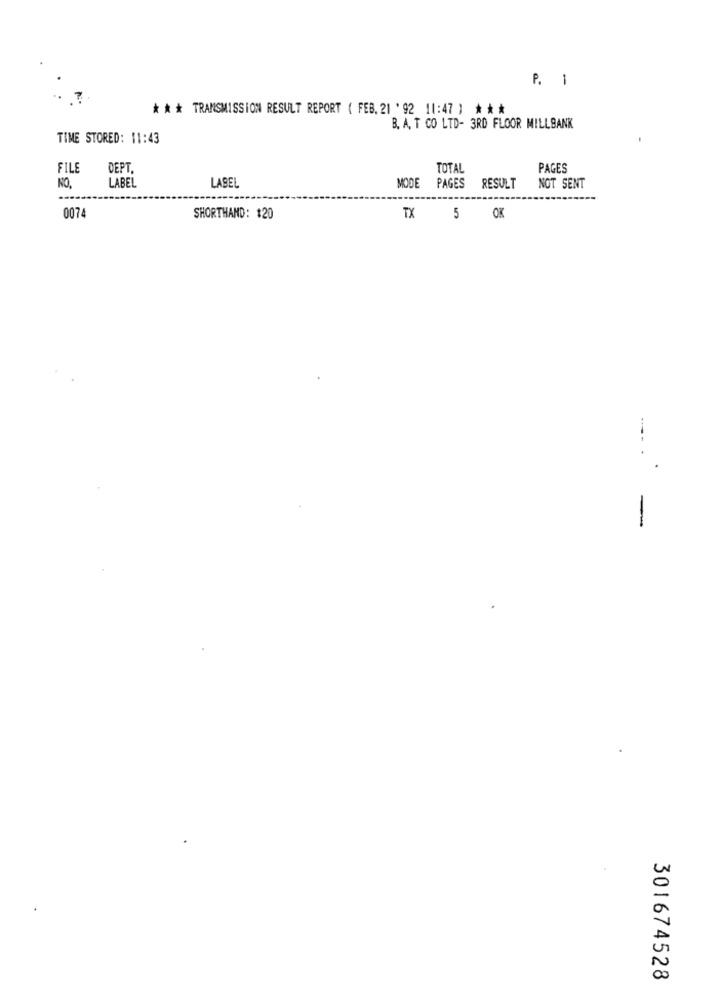
P. 1
* ** TRANSMISSION RESULT REPORT ( FEB.21'92 11:47 ) ***
B. A. T CO LTD- 3RD FLOOR MILLBANK
TIME STORED: 11:43
FILE
DEPT
TOTAL
PAGES
NO,
LABEL
LABEL
MODE PAGES RESULT
NOT SENT
0074
SHORTHAND: $20
TX
5
OK
-
301674528